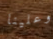
وعلينا